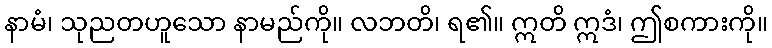
နာမံ၊ သုညတဟူသော နာမည်ကို။ လဘတိ၊ ရ၏။ ဣတိ ဣဒံ၊ ဤစကားကို။